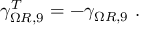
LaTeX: \gamma _ { \Omega R , 9 } ^ { T } = - \gamma _ { \Omega R , 9 } ~ .